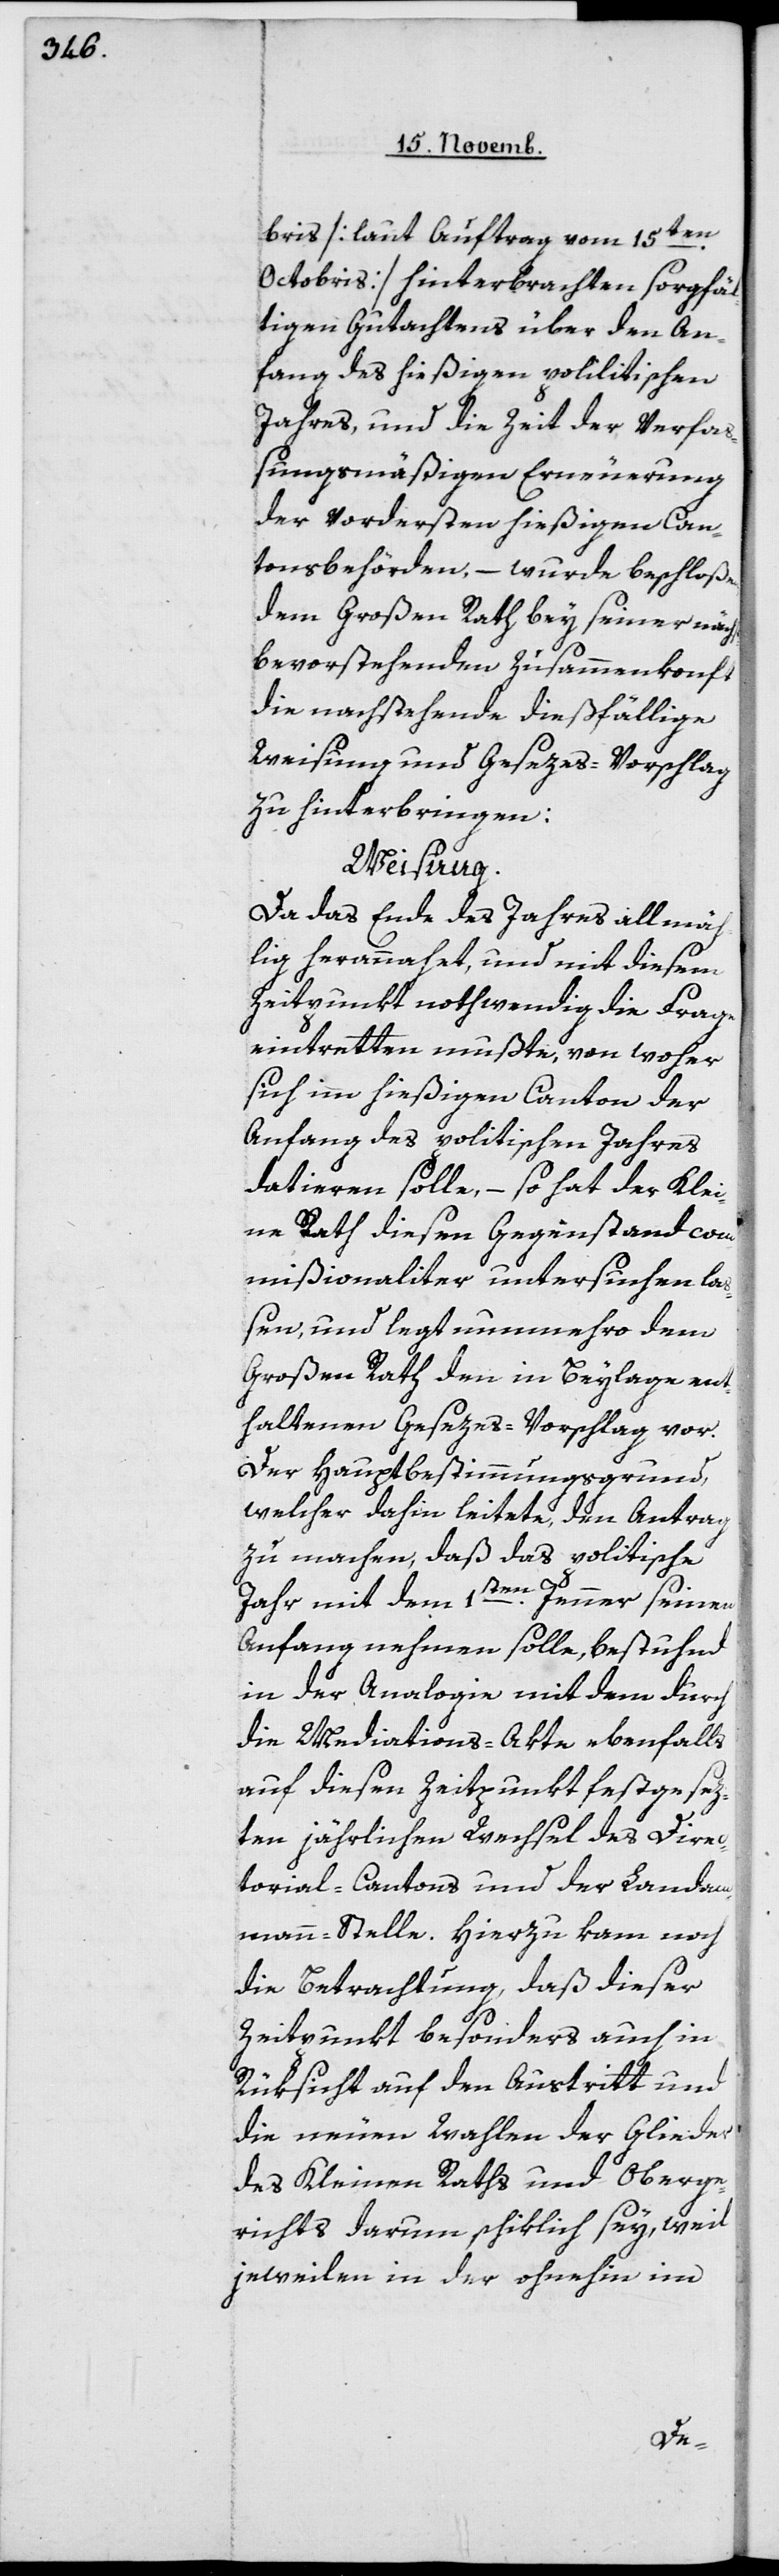
bris [laut Auftrag vom 15ten
Octobris] hinterbrachten sorgfäl¬
tigen Gutachtens über den An¬
fang des hießigen politischen
Jahres, und die Zeit der verfaß¬
ungsmäßigen Erneuerung
der vordersten hießigen Can¬
tonsbehörden, – wurde beschloßen,
dem großen Rath bey seiner nächs¬
tbevorstehenden Zusammenkunft
die nachstehende dießfällige
Weisung und Gesezes-Vorschlag
zu hinterbringen:
Weisung.
Da das Ende des Jahres allmäch¬
tig herannahet, und mit diesem
Zeitpunkt nothwendig die Frage
eintretten mußte, von woher
sich im hießigen Canton der
Anfang des politischen Jahres
datieren solle, – so hat der Klei¬
ne Rath diesen Gegenstand com¬
mißionaliter untersuchen la¬
ßen, und legt nunmehro dem
Großen Rath den in Beylage ent¬
haltenen Gesezes-Vorschlag vor.
Der Hauptbestimmungsgrund,
welcher dahin leitete, den Antrag
zu machen, daß das politische
1ten Jenner seinen
Jahr mit dem
Anfang nehmen solle, bestund
in der Analogie mit dem durch
die Mediations-Akte ebenfalls
auf diesen Zeitpunkt festgesez¬
ten jährlichen Wechsel des Direc¬
torial-Cantons und der Landam¬
mann-Stelle. Hierzu kam noch
die Betrachtung, daß dieser
Zeitpunkt besonders auch in¬
Rüksicht auf den Austritt und
die neuen Wahlen der Glieder
des Kleinen Raths und Oberge¬
richts darum schiklich sey, weil
jeweilen in der ohnehin im